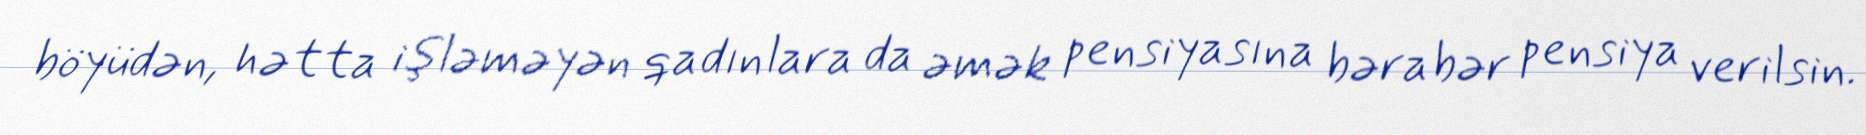
böyüdən, hətta işləməyən qadınlara da əmək pensiyasına bərabər pensiya verilsin.